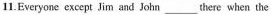
11.Everyone except Jim and John ___ there when the